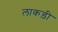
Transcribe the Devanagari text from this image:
लाकड़ी